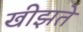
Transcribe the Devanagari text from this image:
खीझते